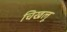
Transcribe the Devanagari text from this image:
चिखलू